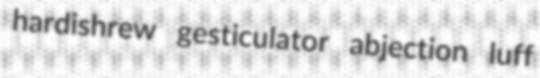
hardishrew gesticulator abjection luff